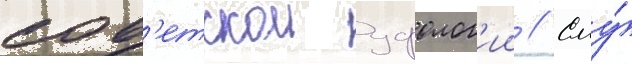
сов'етскои уфолог'ии // Ему́